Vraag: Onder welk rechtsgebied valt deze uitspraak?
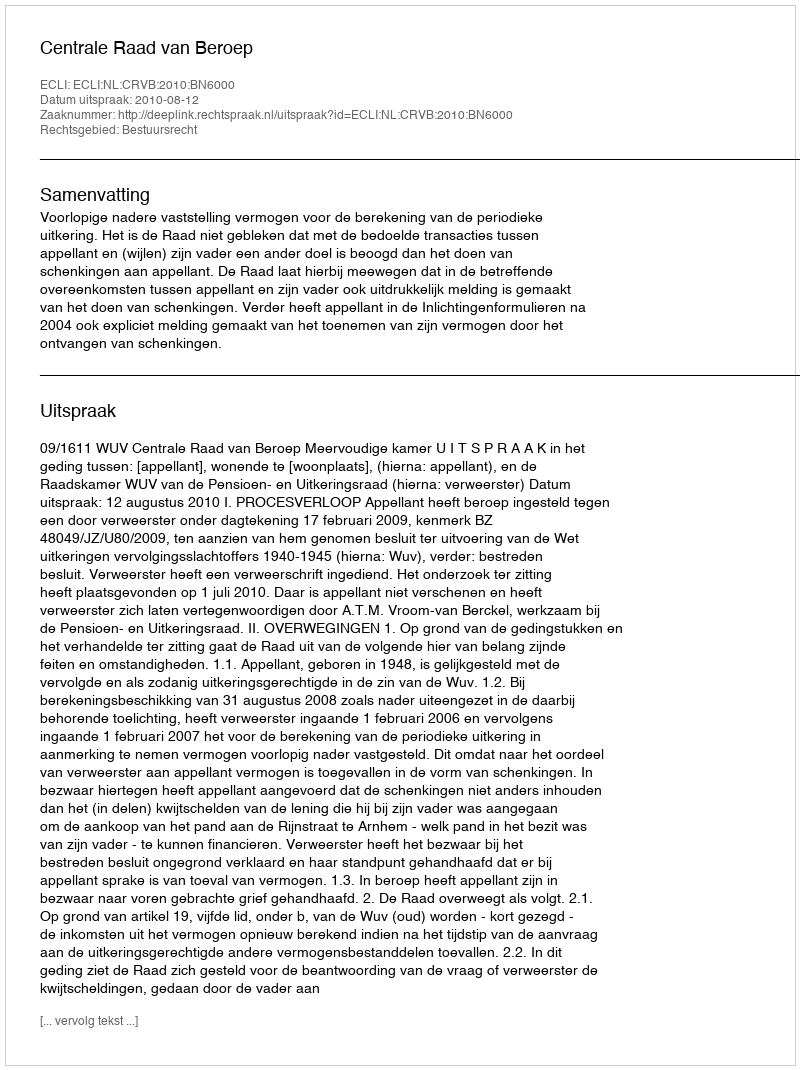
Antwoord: Bestuursrecht